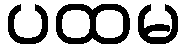
ပထမ